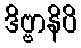
ဒိဗ္ဗာနိပိ